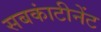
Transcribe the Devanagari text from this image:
सबकांटीनेंट